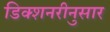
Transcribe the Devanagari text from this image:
डिक्शनरीनुसार